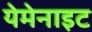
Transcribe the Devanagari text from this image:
येमेनाइट